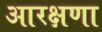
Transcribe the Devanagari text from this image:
आरक्षणा